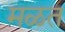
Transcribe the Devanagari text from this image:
मळत